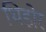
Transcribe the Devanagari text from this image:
थिडोर